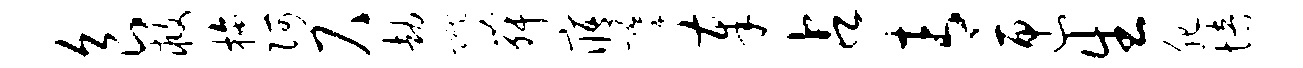
食救拖阿尺劫蹴舞寤摹奉占青匣生肥培